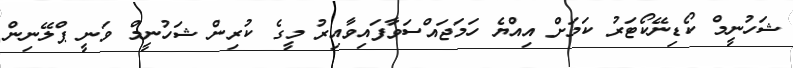
ޝަހުނީމް ކޯޑިނޭކޯޓަރު ކަމަށް އިއްޔެ ހަމަޖައްސަވާފައިވާއިރު މީގެ ކުރިން ޝަހުނީމް ވަނީ ޕްލޭނިން